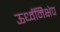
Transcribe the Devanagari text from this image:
ऊर्ध्वनिक्षेप